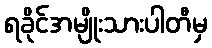
ရခိုင်အမျိုးသားပါတီမှ